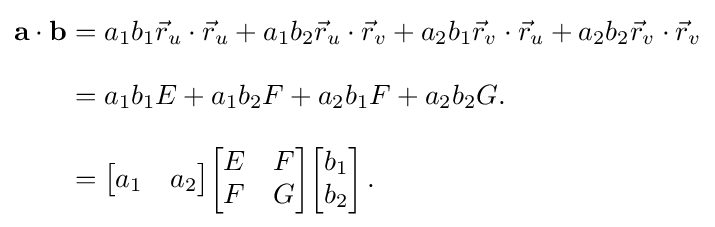
{\begin{aligned}\mathbf {a} \cdot \mathbf {b} &=a_{1}b_{1}{\vec {r}}_{u}\cdot {\vec {r}}_{u}+a_{1}b_{2}{\vec {r}}_{u}\cdot {\vec {r}}_{v}+a_{2}b_{1}{\vec {r}}_{v}\cdot {\vec {r}}_{u}+a_{2}b_{2}{\vec {r}}_{v}\cdot {\vec {r}}_{v}\\[8pt]&=a_{1}b_{1}E+a_{1}b_{2}F+a_{2}b_{1}F+a_{2}b_{2}G.\\[8pt]&={\begin{bmatrix}a_{1}&a_{2}\end{bmatrix}}{\begin{bmatrix}E&F\\F&G\end{bmatrix}}{\begin{bmatrix}b_{1}\\b_{2}\end{bmatrix}}\,.\end{aligned}}